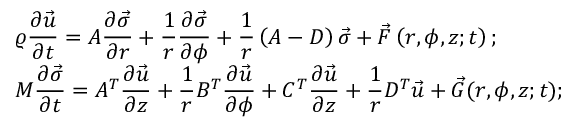
\begin{array} { l } { \displaystyle \varrho \frac { \partial \vec { u } } { \partial t } = A \frac { \partial \vec { \sigma } } { \partial r } + \frac { 1 } { r } \frac { \partial { \vec { \sigma } } } { \partial \phi } + \displaystyle \frac { 1 } { r } \left( A - D \right) \vec { \sigma } + \vec { F } \left( r , \phi , z ; t \right) ; } \\ { \displaystyle M \frac { \partial \vec { \sigma } } { \partial t } = A ^ { T } \frac { \partial \vec { u } } { \partial z } + \frac { 1 } { r } B ^ { T } \frac { \partial \vec { u } } { \partial \phi } + C ^ { T } \frac { \partial { \vec { u } } } { \partial z } + \frac { 1 } { r } D ^ { T } \vec { u } + \vec { G } ( r , \phi , z ; t ) ; } \end{array}